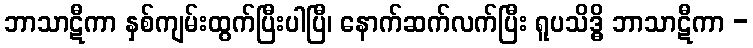
ဘာသာဋီကာ နှစ်ကျမ်းထွက်ပြီးပါပြီ၊ နောက်ဆက်လက်ပြီး ရူပသိဒ္ဓိ ဘာသာဋီကာ -